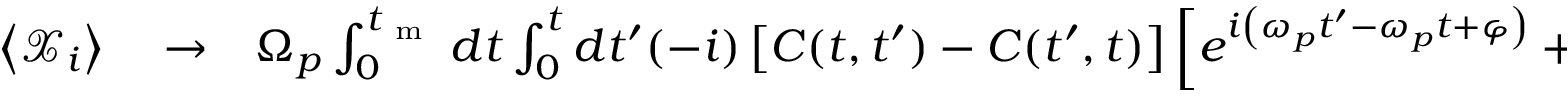
\begin{array} { r l r } { \left< { \mathcal X } _ { i } \right> } & { { } \rightarrow } & { \Omega _ { p } \int _ { 0 } ^ { t _ { \mathrm { ~ m ~ } } } d t \int _ { 0 } ^ { t } d t ^ { \prime } ( - i ) \left[ C ( t , t ^ { \prime } ) - C ( t ^ { \prime } , t ) \right] \left[ e ^ { i \left( \omega _ { p } t ^ { \prime } - \omega _ { p } t + \varphi \right) } + e ^ { - i \left( \omega _ { p } t ^ { \prime } - \omega _ { p } t + \varphi \right) } \right] } \end{array}